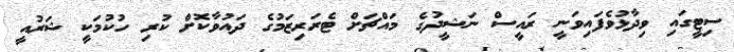
ސިޓީގައި ވިދާޅުވެފައިވަނީ ރައީސް ނަޝީދުގެ މައްޗަށް ޓެރަރިޒަމުގެ ދައުވާކޮށް ކުރި ހުކުމަކީ ޝަރުއީ